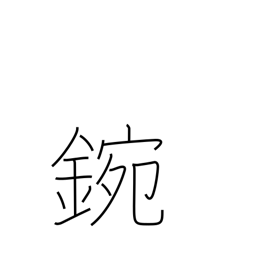
Meaning: metal bowl